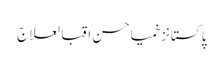
پاکستانزخمیاحسن اقبالعلاج